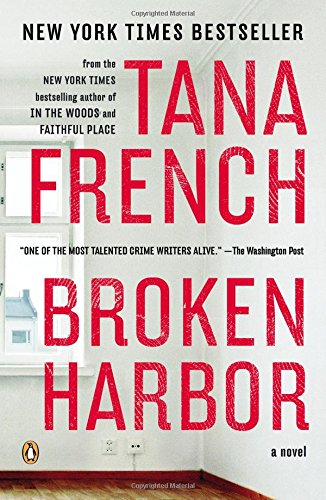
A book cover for Broken Harbor: A Novel (Dublin Murder Squad); Tana French; Mystery, Thriller & Suspense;